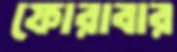
ফোরাবার